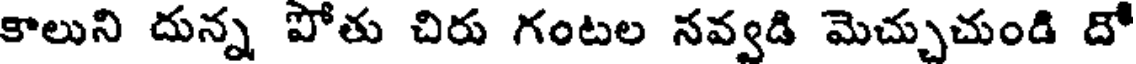
కాలుని దున్న పోతు చిరు గంటల నవ్వడి మెచ్చుచుండి దో